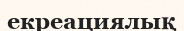
екреациялық